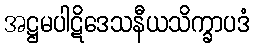
အဋ္ဌမပါဋိဒေသနီယသိက္ခာပဒံ